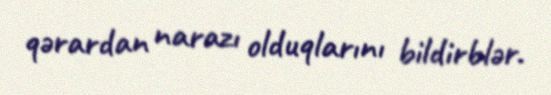
qərardan narazı olduqlarını bildirblər.